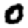
Digit: 0